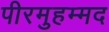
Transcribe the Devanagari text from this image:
पीरमुहम्मद